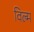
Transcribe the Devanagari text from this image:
विल्म